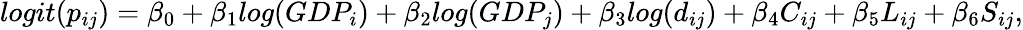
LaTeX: logit(p_{ij})=\beta_{0}+\beta_{1}log(GDP_{i})+\beta_{2}log(GDP_{j})+\beta_{3}log(d_{ij})+\beta_{4}C_{ij}+\beta_{5}L_{ij}+\beta_{6}S_{ij},